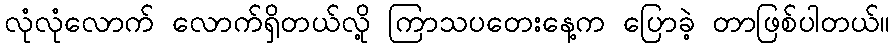
လုံလုံလောက် လောက်ရှိတယ်လို့ ကြာသပတေးနေ့က ပြောခဲ့ တာဖြစ်ပါတယ်။